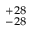
^ { + 2 8 } _ { - 2 8 }